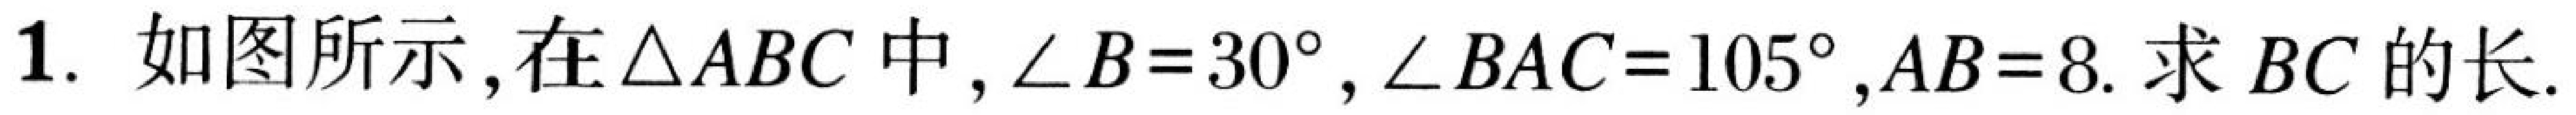
1. 如图所示，在\(\triangle ABC\)中，\(\angle B = 30^{\circ}\)，\(\angle BAC = 105^{\circ}\)，\(AB = 8\). 求\(BC\)的长.